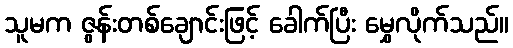
သူမက ဇွန်းတစ်ချောင်းဖြင့် ခေါက်ပြီး မွှေလိုက်သည်။